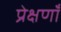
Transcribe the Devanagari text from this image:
प्रेक्षणॉं